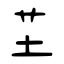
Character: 芏